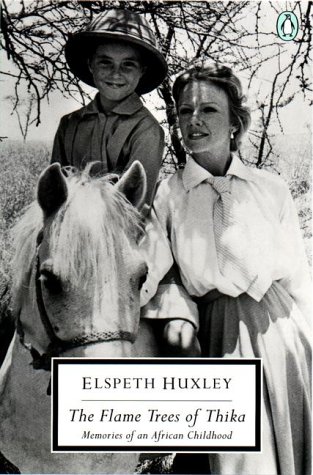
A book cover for The Flame Trees of Thika: Memories of an African Childhood (Classic, 20th-Century, Penguin); Elspeth Huxley; Biographies & Memoirs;